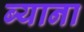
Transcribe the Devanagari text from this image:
ब्याना